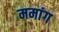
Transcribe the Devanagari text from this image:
ममांग